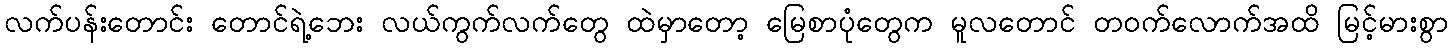
လက်ပန်းတောင်း တောင်ရဲ့ဘေး လယ်ကွက်လက်တွေ ထဲမှာတော့ မြေစာပုံတွေက မူလတောင် တဝက်လောက်အထိ မြင့်မားစွာ